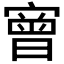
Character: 𡪠